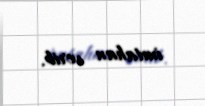
imtahan verib.